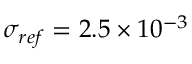
\sigma _ { { r e f } } = 2 . 5 \times 1 0 ^ { - 3 }